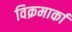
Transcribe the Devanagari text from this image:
विक्रमार्का